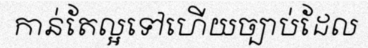
កាន់តែល្អទៅហើយច្បាប់ដែល